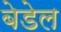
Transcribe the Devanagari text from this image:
बेडेल